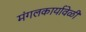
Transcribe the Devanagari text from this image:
मंगलकार्यावेळी